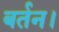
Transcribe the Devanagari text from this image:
बर्तन।